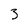
Character: 3